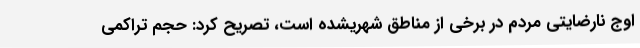
اوج نارضایتی مردم در برخی از مناطق شهریشده است، تصریح کرد: حجم تراکمی